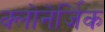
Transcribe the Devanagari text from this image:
क्लोनेर्जिक